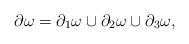
LaTeX: \begin{align*}\partial \omega = \partial_1 \omega \cup \partial_2 \omega \cup \partial_3 \omega,\end{align*}